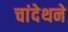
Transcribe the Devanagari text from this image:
चांदेथने